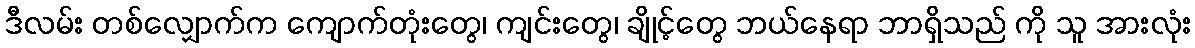
ဒီလမ်း တစ်လျှောက်က ကျောက်တုံးတွေ၊ ကျင်းတွေ၊ ချိုင့်တွေ ဘယ်နေရာ ဘာရှိသည် ကို သူ အားလုံး